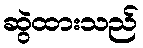
ဆွဲထားသည်